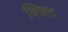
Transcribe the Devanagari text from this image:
क्लिट